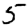
Digit: 5